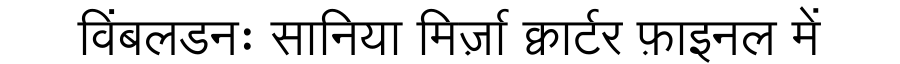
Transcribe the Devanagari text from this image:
विंबलडनः सानिया मिर्ज़ा क्वार्टर फ़ाइनल में